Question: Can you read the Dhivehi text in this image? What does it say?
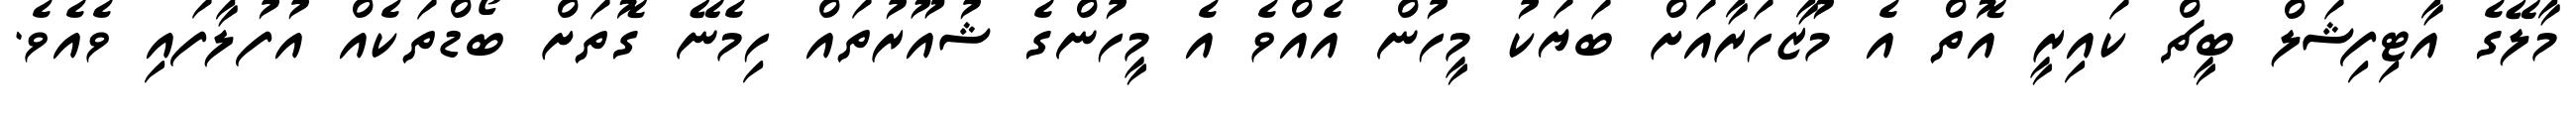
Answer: މާލޭގެ އާޓިފިޝަލް ބީޗް ކައިރީ އޮތް އެ މުޒާހަރާއަށް ބަޔަކު މީހުން އެއްވެ އެ މީހުންގެ ޝުއޫރުތައް ހިމެނޭ ގޮތަށް ބޯޑްތަކެއް އުފުލާފައި ވެއެވެ.